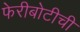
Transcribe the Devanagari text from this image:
फेरीबोटीची